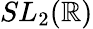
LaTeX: SL_{2}(\mathbb{R})